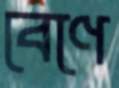
বেণে